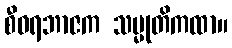
စီဝရဘာဇက သမ္မုတိကထာ။